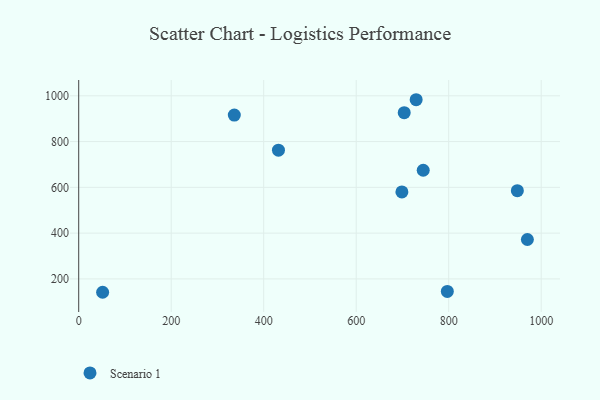
{"axis": {"x": "Experience", "y": "Sales"}, "legend": ["Scenario 1"], "data": [{"x": "970.1", "y": 372.1, "type": "Scenario 1"}, {"x": "703.8", "y": 926.2, "type": "Scenario 1"}, {"x": "336.4", "y": 915.9, "type": "Scenario 1"}, {"x": "744.9", "y": 674.8, "type": "Scenario 1"}, {"x": "948.4", "y": 585.5, "type": "Scenario 1"}, {"x": "729.6", "y": 982.8, "type": "Scenario 1"}, {"x": "431.9", "y": 762.5, "type": "Scenario 1"}, {"x": "698.8", "y": 580.1, "type": "Scenario 1"}, {"x": "797.0", "y": 145.1, "type": "Scenario 1"}, {"x": "51.7", "y": 141.6, "type": "Scenario 1"}]}